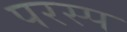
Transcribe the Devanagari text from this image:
परस्प